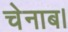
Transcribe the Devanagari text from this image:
चेनाब।